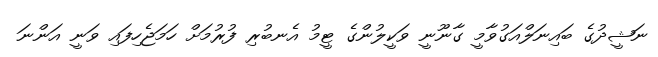
ނަޝީދުގެ ބައިނަލްއަގުވާމީ ގާނޫނީ ވަކީލުންގެ ޓީމު އެނބުރި ފުރުމަށް ހަމަޖެހިފައި ވަނީ އަންނަ